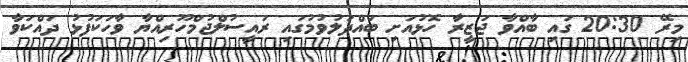
މިރޭ 20:30 ގައި ބާއްވާ ޖަޒީރާ ހޮޅުއަށި ބައްދަލުވުމުގައި ރައީސުލްޖުމްހޫރިއްޔާ ވާހަކަފުޅު ދައްކަވާ